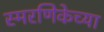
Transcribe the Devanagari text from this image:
स्मरणिकेच्या